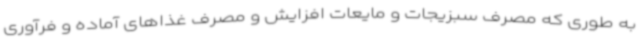
به طوری که مصرف سبزیجات و مایعات افزایش و مصرف غذاهای آماده و فرآوری